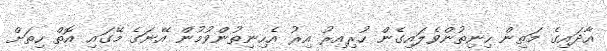
އާދައިގެ މަތިން ހިނިތުންވެލައިގެން ހުރިއިރު އިރު އެހިނިތުންވުމުން އޭނަގެ މޭގައި އޮތް ހިތަށް